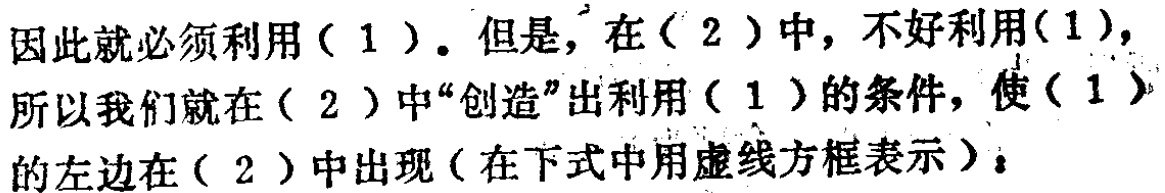
因此就必须利用（1）。但是，在（2）中，不好利用(1)，所以我们就在（2）中“创造”出利用（1）的条件，使（1）的左边在（2）中出现（在下式中用虚线方框表示）：